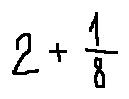
2 + \frac { 1 } { 8 }